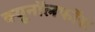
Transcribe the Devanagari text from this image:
क्यूनॉलफॉस